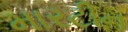
મારટીન